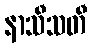
နာသီသတီ